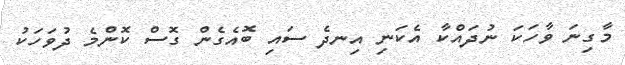
މާގިނަ ވާހަކަ ނުދައްކާ އެކަނި އިނދެ ސައި ބޮއެގެން ގޮސް ކޮންމެ ދުވަހަކު